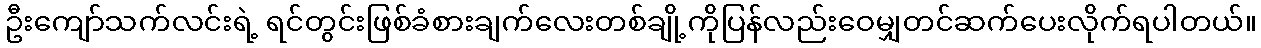
ဦးကျော်သက်လင်းရဲ့ ရင်တွင်းဖြစ်ခံစားချက်လေးတစ်ချို့ကိုပြန်လည်းဝေမျှတင်ဆက်ပေးလိုက်ရပါတယ်။